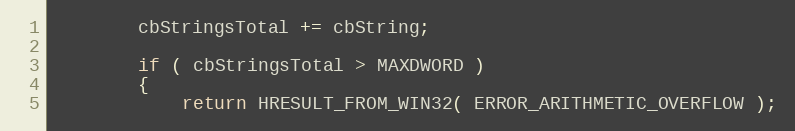
Language: C++
        cbStringsTotal += cbString;

        if ( cbStringsTotal > MAXDWORD )
        {
            return HRESULT_FROM_WIN32( ERROR_ARITHMETIC_OVERFLOW );